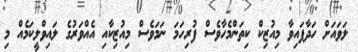
ލަވައަށް ހަދާފައިވާ މިއުޒިކް ކިތަންމެހާވެސް ފުރިހަމަ ނަމަވެސް މިއުޒިކާއި އެއްވަރުގެ ލައިވްލީކަމެއް މި